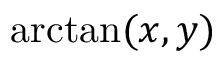
\arctan ( x , y )